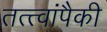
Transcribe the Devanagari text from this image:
तत्त्वांपैकी